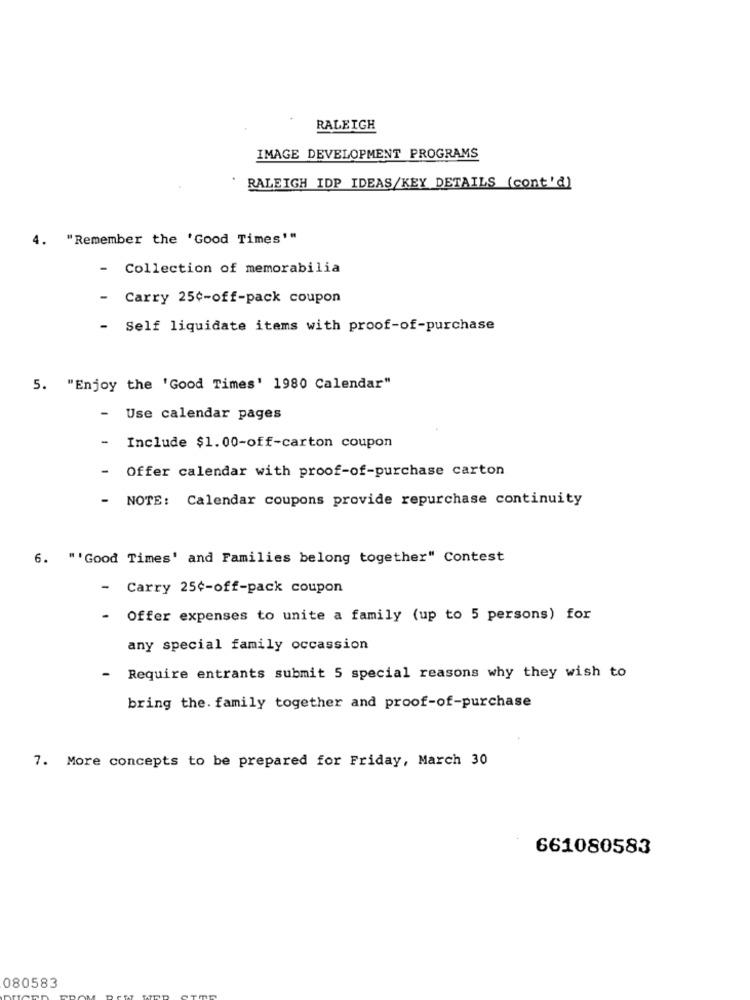
RALEIGH
IMAGE DEVELOPMENT PROGRAMS
RALEIGH IDP IDEAS/KEY DETAILS (cont'd)
4.
"Remember the 'Good Times'"
- Collection of memorabilia
- Carry 25¢-off-pack coupon
- Self liquidate items with proof-of-purchase
5. "Enjoy the 'Good Times' 1980 Calendar"
Use calendar pages
Include $1.00-off-carton coupon
-
Offer calendar with proof-of-purchase carton
-
NOTE: Calendar coupons provide repurchase continuity
6. "'Good Times' and Families belong together" Contest
-
Carry 25¢-off-pack coupon
Offer expenses to unite a family (up to 5 persons) for
any special family occassion
-
Require entrants submit 5 special reasons why they wish to
bring the. family together and proof-of-purchase
7. More concepts to be prepared for Friday, March 30
661080583
080583